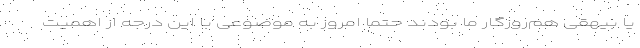
یا بیهقی هم‌روزگار ما بودند حتماً امروز به موضوعی با این درجه از اهمیت